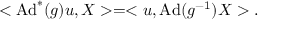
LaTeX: < \mathrm { A d } ^ { * } ( g ) u , X > = < u , \mathrm { A d } ( g ^ { - 1 } ) X > .